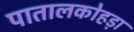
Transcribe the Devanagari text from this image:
पातालकोहड़ा